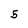
Character: 5